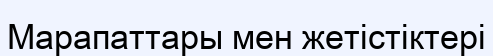
Марапаттары мен жетістіктері